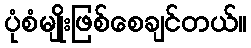
ပုံစံမျိုးဖြစ်စေချင်တယ်။